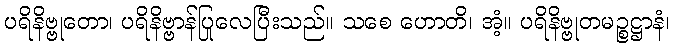
ပရိနိဗ္ဗုတော၊ ပရိနိဗ္ဗာန်ပြုလေပြီးသည်။ သစေ ဟောတိ၊ အံ့။ ပရိနိဗ္ဗုတမဉ္စဋ္ဌာနံ၊